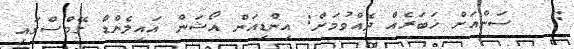
:   ސަންއަށް ޚަބަރެއް ދެއްވުމަށް: އިންޑިއަން އޯޝަން އައިލެންޑް ގޭމްސްގައި